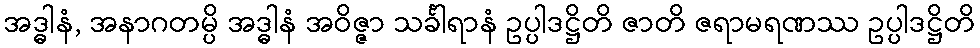
အဒ္ဓါနံ, အနာဂတမ္ပိ အဒ္ဓါနံ အဝိဇ္ဇာ သင်္ခါရာနံ ဥပ္ပါဒဋ္ဌိတိ ဇာတိ ဇရာမရဏဿ ဥပ္ပါဒဋ္ဌိတိ